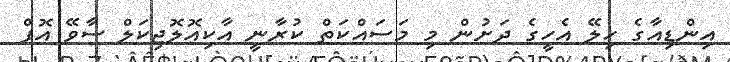
އިންޑިއާގެ ހިލޭ އެހީގެ ދަށުން މި މަސައްކަތް ކުރާނީ އާކިއޮލޮޖިކަލް ސާވޭ އޮފް